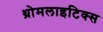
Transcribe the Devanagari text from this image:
थ्रोमलाइटिक्स